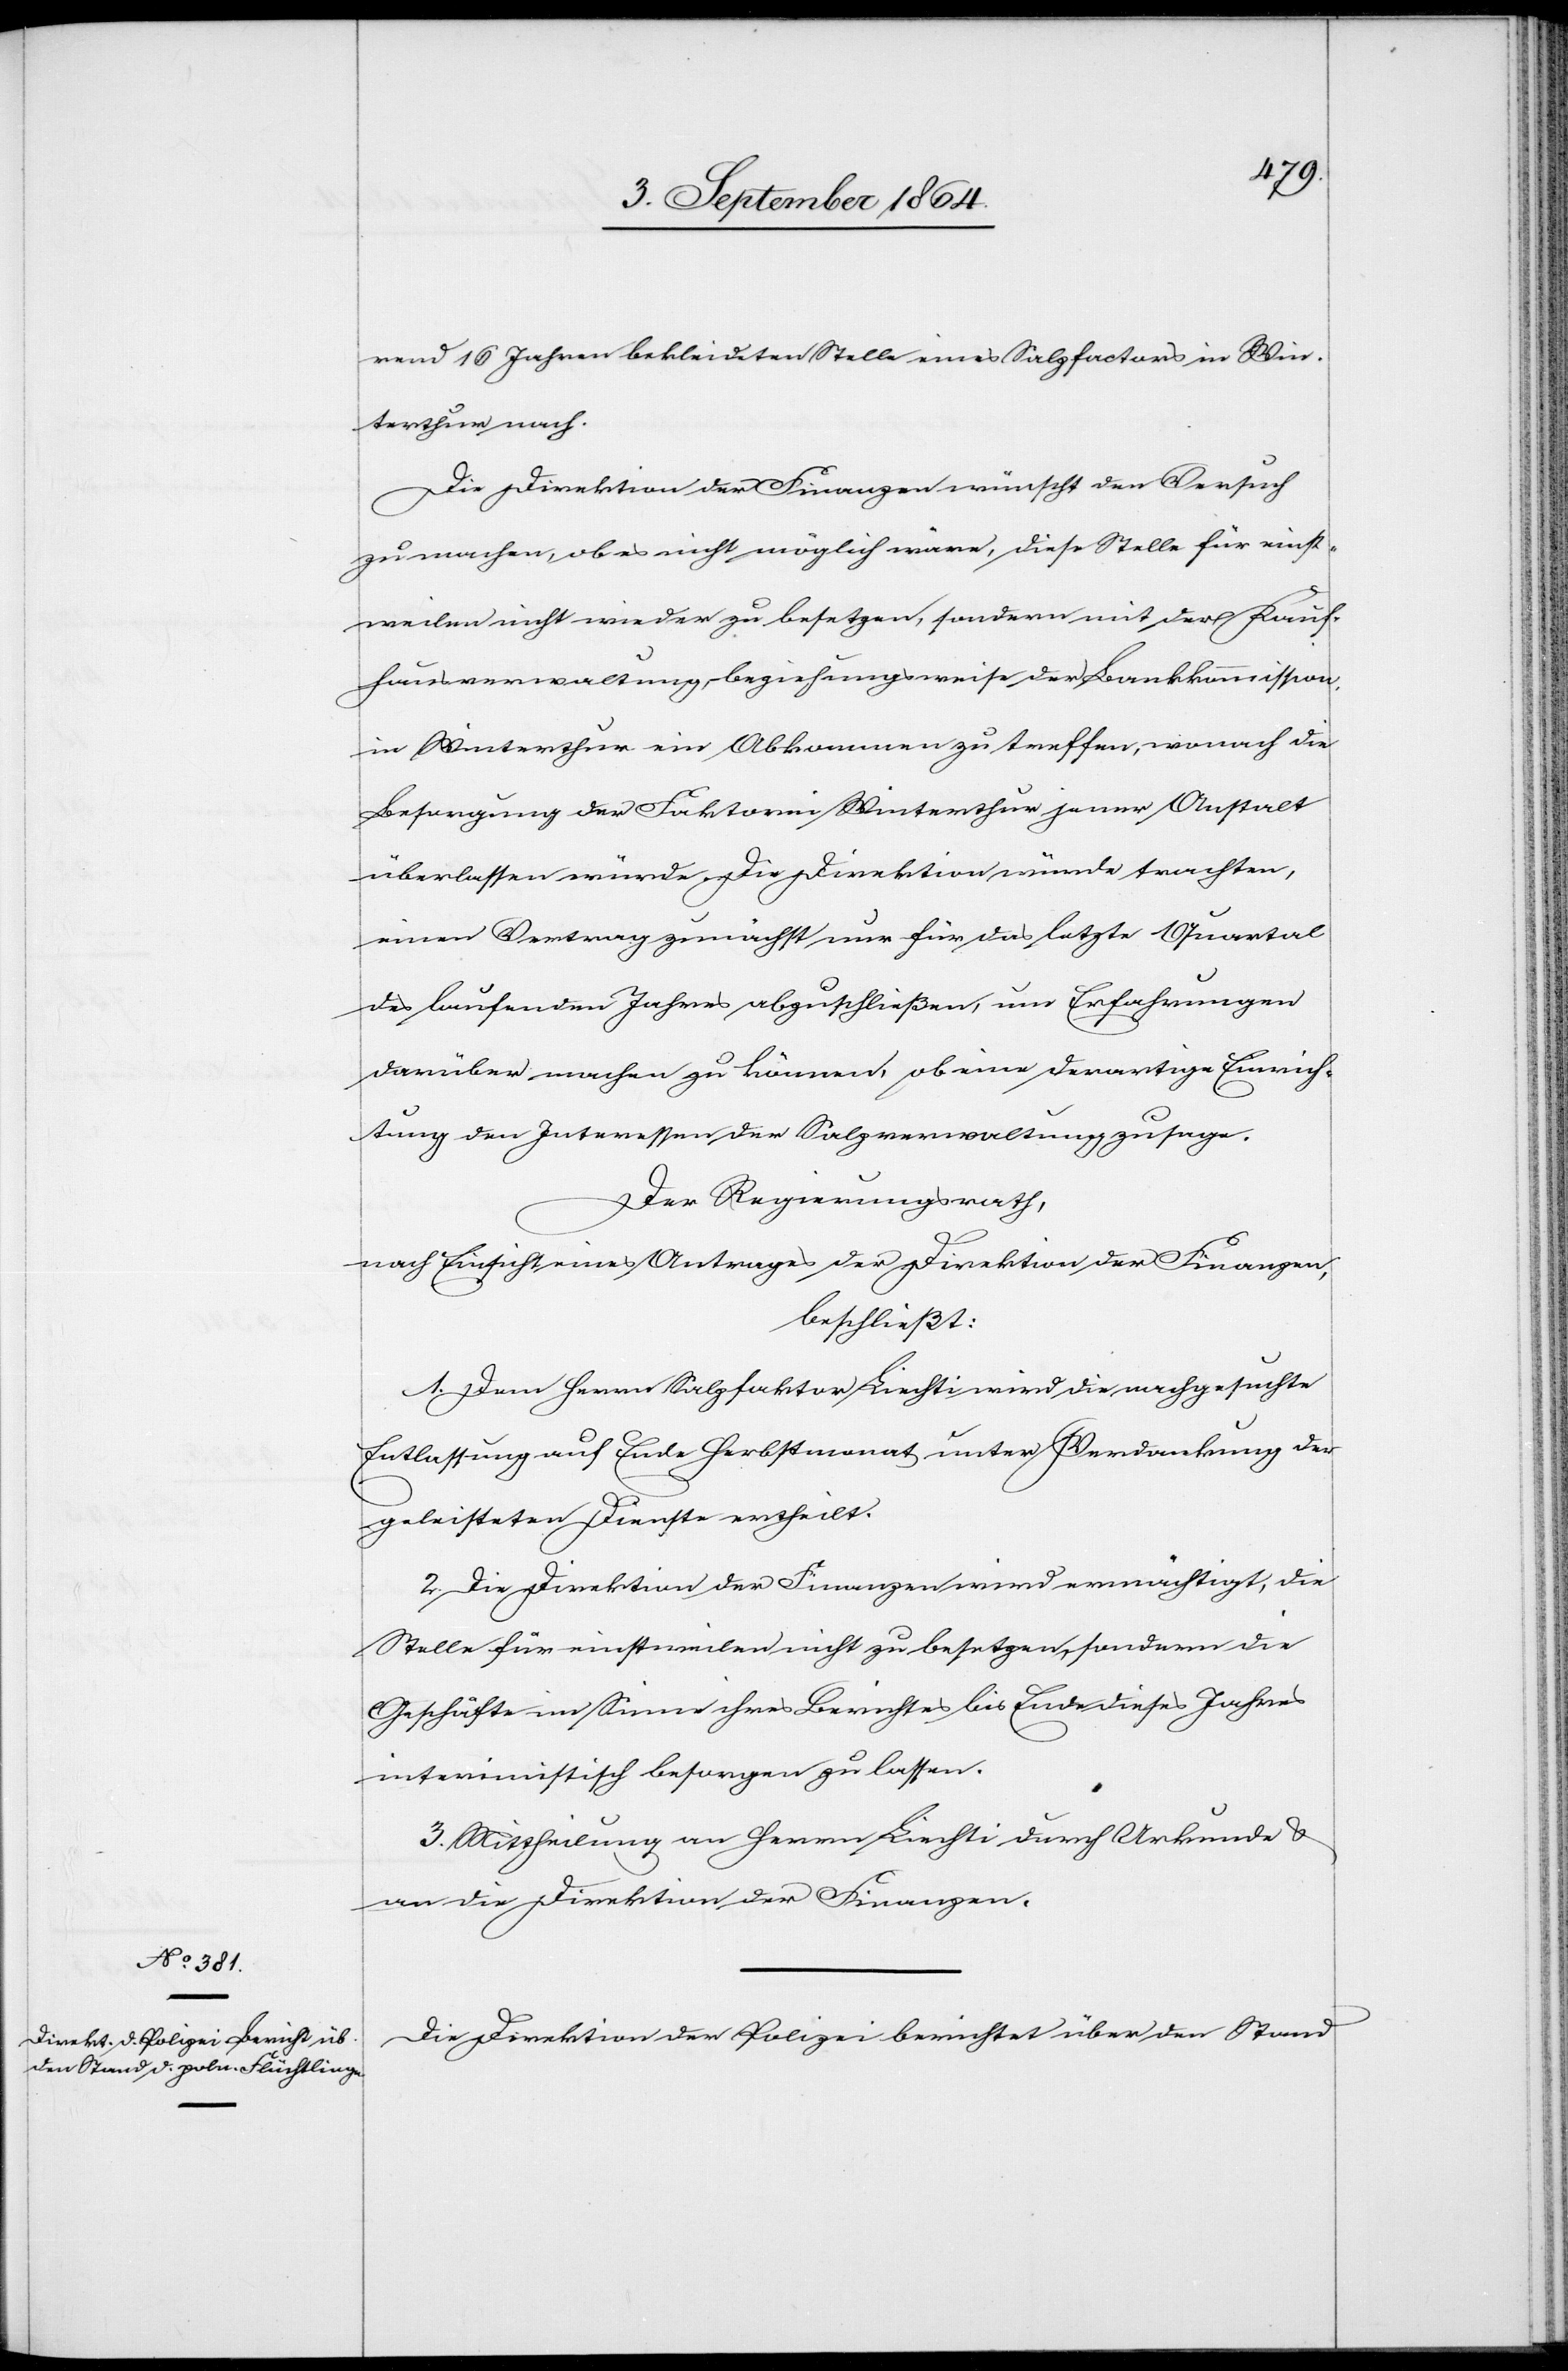
rend 16 Jahren bekleideten Stelle eines Salzfactors in Win¬
terthur nach.
Die Direktion der Finanzen wünscht den Versuch
zu machen, ob es nicht möglich wäre, diese Stelle für einst¬
weilen nicht wieder zu besetzen, sondern mit der Kauf¬
hausverwaltung, beziehungsweise der Bankkommission
in Winterthur ein Abkommen zu treffen, wonach die
Besorgung der Faktorei Winterthur jener Anstalt
überlassen würde. Die Direktion würde trachten,
einen Vertrag zunächst nur für das letzte Quartal
des laufenden Jahres abzuschließen, um Erfahrungen
darüber machen zu können, ob eine derartige Einrich¬
tung den Interessen der Salzverwaltung zusage.
Der Regierungsrath,
nach Einsicht eines Antrages der Direktion der Finanzen,
beschließt:
1. Dem Herrn Salzfaktor Liechti [sic!] wird die nachgesuchte
Entlassung auf Ende Herbstmonat unter Verdankung der
geleisteten Dienste ertheilt.
2. Die Direktion der Finanzen wird ermächtigt, die
Stelle für einstweilen nicht zu besetzen, sondern die
Geschäfte im Sinne ihres Berichtes bis Ende dieses Jahres
interimistisch besorgen zu lassen.
3. Mittheilung an Herrn Liechti durch Urkunde &
an die Direktion der Finanzen.
Die Direktion der Polizei berichtet über den Stand